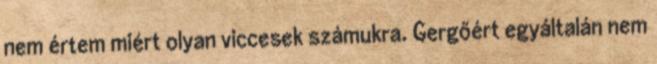
nem értem miért olyan viccesek számukra. Gergőért egyáltalán nem